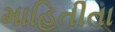
માહિતીતા